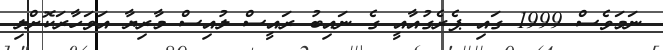
ނަމަވެސް 1999 ގައި ޕެރެގުއާއީ ގެ ނައިބު ރައީސް ލުއިސް މާރިޔާ އަވަހާރަކޮށްލި